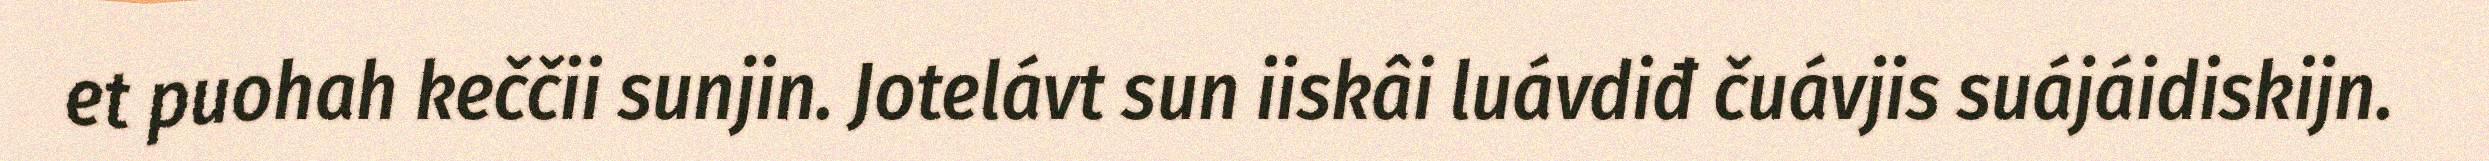
et puohah keččii sunjin. Jotelávt sun iiskâi luávdiđ čuávjis suájáidiskijn.